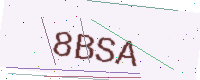
Text: 8BSA